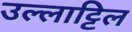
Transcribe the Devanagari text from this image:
उल्लाट्टिल